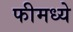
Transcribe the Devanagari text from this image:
फीमध्ये